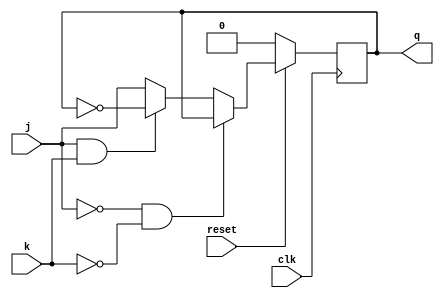
module jkff(j,k,reset,clk,q);
input j,k,clk,reset;
output reg q=0;

always@(negedge clk)
	begin
		if (reset == 0)
			q=0;
		else
			if(j==0 & k == 0)
				q = q;
			else if (j==1 & k==1)
				q=~q;
			else 
				q = j;
	end
endmodule

/////Test Bench////////

module jkff_tb();
reg j,k,clk,reset;
wire q;
jkff jff(j,k,reset,clk,q);
initial
	begin
		clk =0;
#50 $stop;
	end
always
	begin
	#5 clk = ~clk;
	end
initial
	begin
		reset=0; j=0; k=0;
#10	reset=1; j=0;k=1;
#10	reset=1; j=1;k=1;
#10	reset=1; j=0;k=0;
	end
endmodule